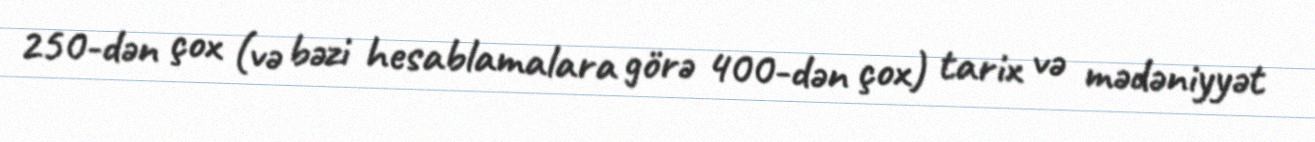
250-dən çox (və bəzi hesablamalara görə 400-dən çox) tarix və mədəniyyət